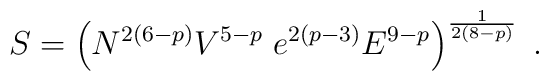
S = \left( N^{2 (6 - p)} V^{5 - p} \; e^{2 (p - 3)} E^{9 - p} \right)^{\frac{1}{2 (8 - p)}} \; .